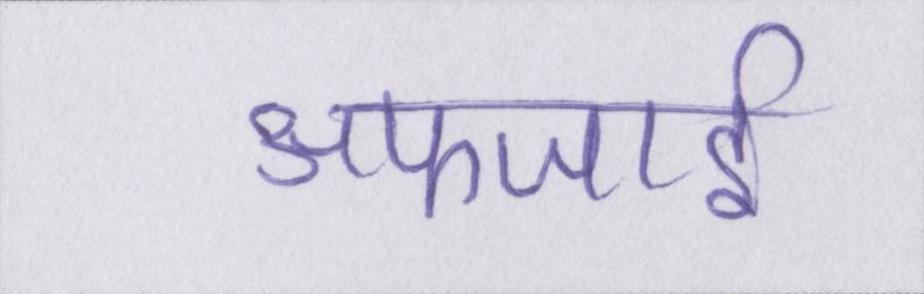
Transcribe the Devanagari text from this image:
अफजाई